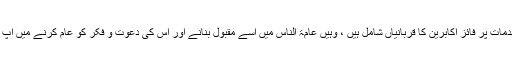
اس شہرت میں جہاں اس ادارے سے وابستہ اور تدریسی خدمات پر فائز اکابرین کا قربانیاں شامل ہیں ، وہیں عامۃ الناس میں اسے مقبول بنانے اور اس کی دعوت و فکر کو عام کرنے میں آپ کے اسفار اور خطبات نے سب سے اہم کردار ادا کیا ہے ۔